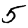
Digit: 5